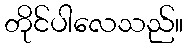
တိုင်ပါလေသည်။